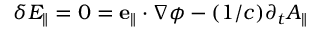
\delta E _ { \parallel } = 0 = \mathbf { e } _ { \parallel } \cdot \nabla \phi - ( 1 / c ) \partial _ { t } A _ { \parallel }